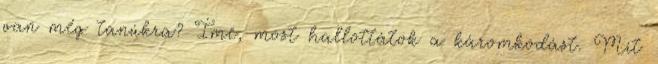
van még tanúkra? Íme, most hallottátok a káromkodást. Mit